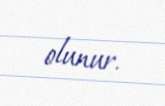
olunur.